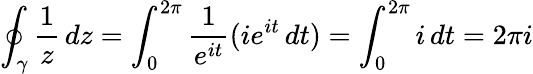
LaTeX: \oint_{\gamma}{\frac{1}{z}}\, dz=\int_{0}^{2\pi}{\frac{1}{e^{it}}}(ie^{it}\, dt)=\int_{0}^{2\pi}i\, dt=2\pi i